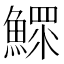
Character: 鰥